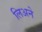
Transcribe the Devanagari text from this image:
लिअने